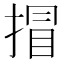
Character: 𢯾